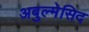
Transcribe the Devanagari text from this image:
अबुल्मेसिद